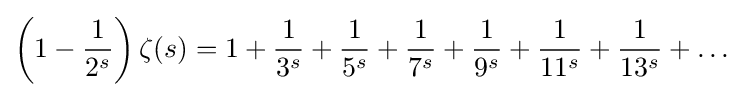
\left(1-{\frac {1}{2^{s}}}\right)\zeta (s)=1+{\frac {1}{3^{s}}}+{\frac {1}{5^{s}}}+{\frac {1}{7^{s}}}+{\frac {1}{9^{s}}}+{\frac {1}{11^{s}}}+{\frac {1}{13^{s}}}+\ldots